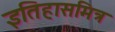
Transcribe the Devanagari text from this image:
इतिहासमित्र